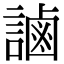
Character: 𧫓